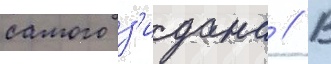
самого з'идана // В